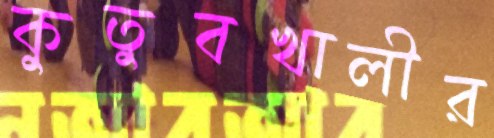
কুতুবখালীর